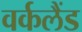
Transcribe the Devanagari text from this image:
वर्कलैंड